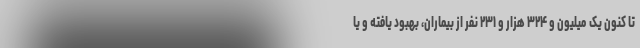
تا کنون یک میلیون و ۳۲۴ هزار و ۲۳۱ نفر از بیماران، بهبود یافته و یا